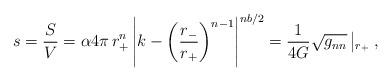
LaTeX: \begin{align*}s=\frac{S}{V} =\alpha 4\pi\,r_+^{n}\left| k-\left(\frac{r_-}{r_+}\right)^{n-1}\right|^{nb/2} = \frac{1}{4G} \sqrt{g_{nn}}\left|_{r_+} \right.,\end{align*}